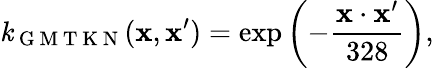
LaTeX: \mathit{k}_{\mathrm{{~G~M~T~K~N~}}}(\mathbf{{x}},\mathbf{{x}}^{\prime})=\exp\left(-\frac{{\mathbf{{x}}\cdot\mathbf{{x}}^{\prime}}}{{328}}\right),